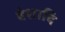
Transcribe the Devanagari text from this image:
वंशादि